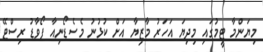
މިޔަންމާ ޓީމުގައި މިދިޔަ އަހަރު މާޒިޔާ އަށް ކުޅުނު މެސެޑޯނިއާ ފޯވާޑު ރިސްޓޭ